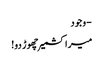
- وجود
میرا کشمیر چھوڑ دو!